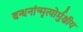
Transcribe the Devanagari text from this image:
बन्धनांन्मृत्योर्मुक्षीय